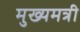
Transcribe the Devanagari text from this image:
मुख्यमत्री